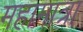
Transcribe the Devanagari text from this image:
महामात्रा